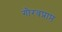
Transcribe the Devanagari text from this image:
गौरवप्राप्त